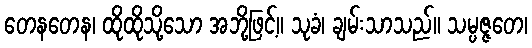
တေနတေန၊ ထိုထိုသို့သော အဘို့ဖြင့်။ သုခံ၊ ချမ်းသာသည်။ သမ္ပဇ္ဇတေ၊